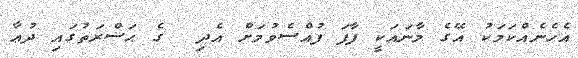
އެހެނެއްކަމަކު އޭގެ މާނައަކީ ފާފަ ފުއްސެވުމަށް އެދި  ގެ ޙަޟްރަތުގައި ދުޢާ